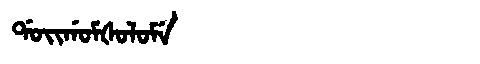
Manchu: ᡩᠣᡳᡤᠣᠮᡧᠣᠯᠣᠮᡝ
Romanization: DOIGOMŠOLOME